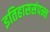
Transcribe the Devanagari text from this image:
इतिहाससंपन्न